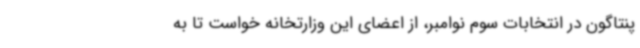
پنتاگون در انتخابات سوم نوامبر، از اعضای این وزارتخانه خواست تا به